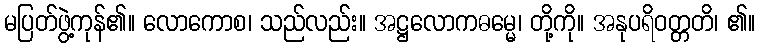
မပြတ်ဖွဲ့ကုန်၏။ လောကောစ၊ သည်လည်း။ အဋ္ဌလောကဓမ္မေ၊ တို့ကို။ အနုပရိဝတ္တတိ၊ ၏။